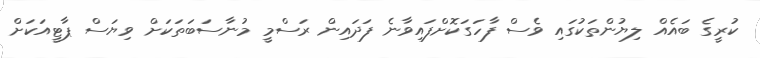
ކުރީގެ ބައެއް ލިޔުންތަކުގައި ވެސް ފާހަގަކޮށްފައިވާނެ ފަދައިން ރަސްމީ މުނާސަބަތަކަށް ވިޔަސް ޕާޓީއަކަށް